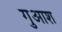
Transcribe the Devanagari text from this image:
गुआश